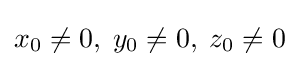
x_{0}\neq 0,\;y_{0}\neq 0,\;z_{0}\neq 0